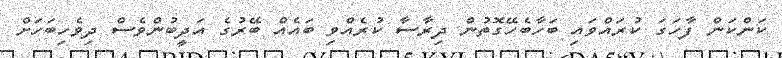
ކަންކަން ފާހަގަ ކުރައްވައި ބަހާބެހޭގޮތުން ދިރާސާ ކުރެއްވި ބައެއް ބޭރުގެ އަދީބުންވެސް ދިވެހިބަހަށް